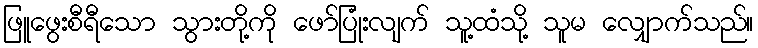
ဖြူဖွေးစီရီသော သွားတို့ကို ဖော်ပြုံးလျက် သူ့ထံသို့ သူမ လျှောက်သည်။